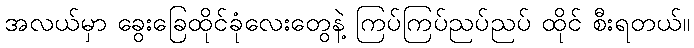
အလယ်မှာ ခွေးခြေထိုင်ခုံလေးတွေနဲ့ ကြပ်ကြပ်ညပ်ညပ် ထိုင် စီးရတယ်။